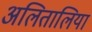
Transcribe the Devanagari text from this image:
अलितालिया